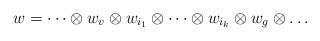
LaTeX: \begin{align*} w = \dots \otimes w_v \otimes w_{i_1} \otimes \dots \otimes w_{i_k} \otimes w_g \otimes \dots \end{align*}